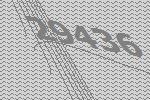
29436